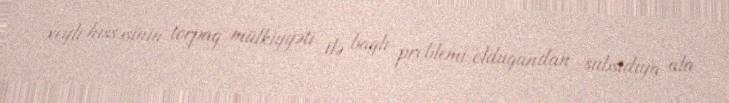
xeyli hissəsinin torpaq mülkiyyəti ilə bağlı problemi olduğundan subsidiya ala